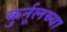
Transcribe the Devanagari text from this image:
कुर्नूलच्या